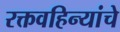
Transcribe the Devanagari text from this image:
रक्तवहिन्यांचे